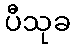
ပီသုခ